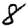
Digit: 8